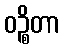
ဝဉ္စိတာ